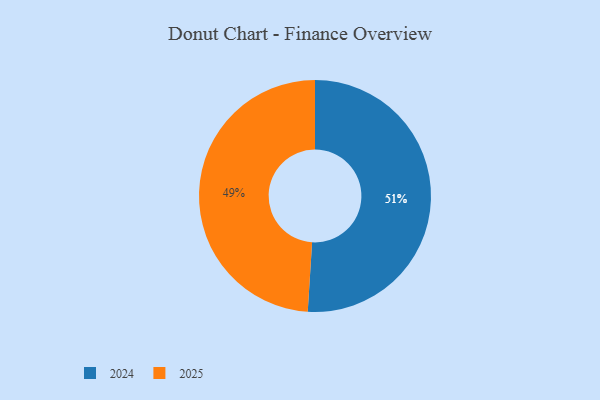
{"axis": {"x": "Category", "y": "Percentage"}, "legend": ["2024", "2025"], "data": [{"x": "2024", "y": 51, "type": "2024"}, {"x": "2025", "y": 49, "type": "2025"}]}